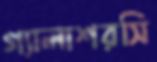
গ্যালাশরসি